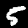
Digit: 5